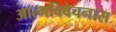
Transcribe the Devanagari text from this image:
आत्मविवेचनास